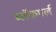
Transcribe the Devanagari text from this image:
ब्लॅकपर्ल